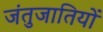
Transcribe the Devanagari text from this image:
जंतुजातियों